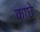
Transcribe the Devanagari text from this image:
काछे